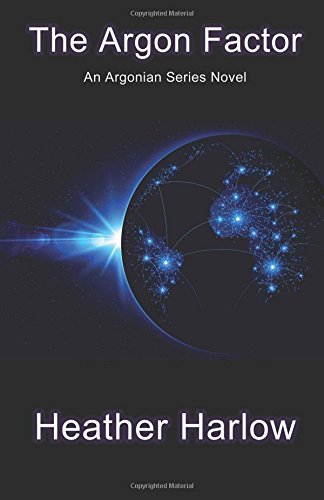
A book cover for The Argon Factor; Heather Harlow; Science Fiction & Fantasy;